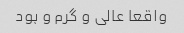
واقعا عالی و گرم و بود